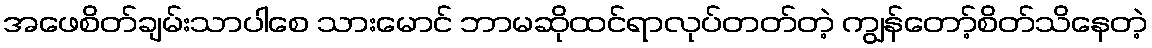
အဖေစိတ်ချမ်းသာပါစေ သားမောင် ဘာမဆိုထင်ရာလုပ်တတ်တဲ့ ကျွန်တော့်စိတ်သိနေတဲ့